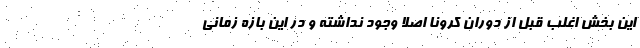
این بخش اغلب قبل از دوران کرونا اصلا وجود نداشته‌ و‌ در این بازه زمانی